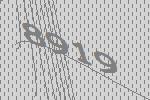
8919